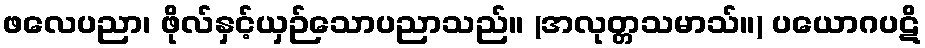
ဖလေပညာ၊ ဖိုလ်နှင့်ယှဉ်သောပညာသည်။ (အလုတ္တသမာသ်။) ပယောဂပဋိ